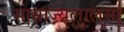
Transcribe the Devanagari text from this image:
साम्राज्यलालसा